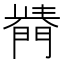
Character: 𨵣